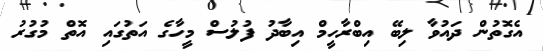
އެގޮތުން ދައުވާ ލިބޭ އިބްރާހީމް އިބާދު ފުލުސް މީހާގެ އަތުގައި އޮތް މުގުރު